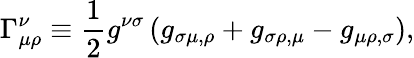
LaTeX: \Gamma_{\mu\rho}^{\nu}\equiv{\frac{1}{2}}g^{\nu\sigma}\left(g_{\sigma\mu,\rho}+g_{\sigma\rho,\mu}-g_{\mu\rho,\sigma}\right),